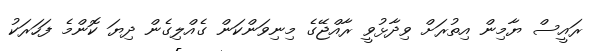
ރައީސް ޔާމިން އިތުރަށް ވިދާޅުވީ ރާއްޖޭގެ މިނިވަންކަން ގެއްލިގެން ދިޔަ ކޮންމެ ފަހަރަކު